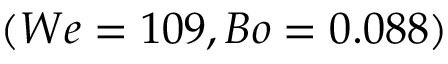
( W e = 1 0 9 , B o = 0 . 0 8 8 )